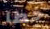
خطا